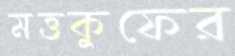
মত্তকুফের